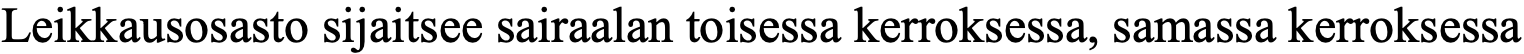
Leikkausosasto sijaitsee sairaalan toisessa kerroksessa, samassa kerroksessa